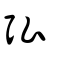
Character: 弘